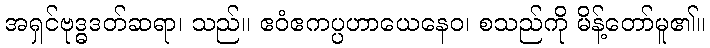
အရှင်ဗုဒ္ဓဒတ်ဆရာ၊ သည်။ ဧဝံဧကပ္ပဟာယေနေဝ၊ စသည်ကို မိန့်တော်မူ၏။